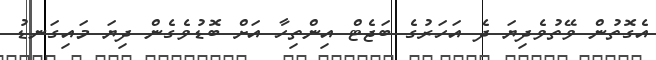
އެގޮތުން ވޭތުވެދިޔަ ދެ އަހަރުގެ ބަޖެޓް އިންތިހާ އަށް ބޮޑުވެގެން ދިޔަ މައިގަނޑު